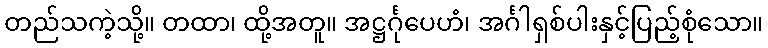
တည်သကဲ့သို့။ တထာ၊ ထို့အတူ။ အဋ္ဌင်္ဂုပေဟံ၊ အင်္ဂါရှစ်ပါးနှင့်ပြည့်စုံသော။